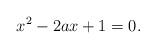
LaTeX: \begin{align*}x^2-2ax+1=0.\end{align*}